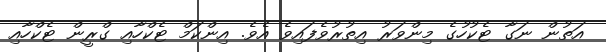
އަތުން ނަގާ ޓެކުހުގެ މިންވަރު އިތުރުވެފައިވެ އެވެ. އިންކަމް ޓެކްހާއި ގްރީން ޓެކްހާއި